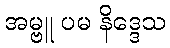
အမ္ဗူ ပမ နိဒ္ဒေသ